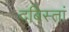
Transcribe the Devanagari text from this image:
दबिस्तां